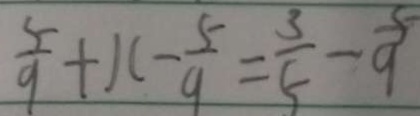
\frac { 5 } { 9 } + x - \frac { 5 } { 9 } = \frac { 3 } { 5 } - \frac { 5 } { 9 }